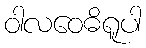
ဝါလဝေဓိရူပါ